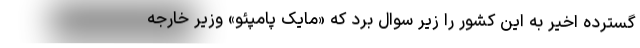
گسترده اخیر به این کشور را زیر سوال برد که «مایک پامپئو» وزیر خارجه